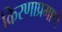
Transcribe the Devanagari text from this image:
किरणाप्रमाणे